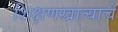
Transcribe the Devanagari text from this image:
शिक्षणखात्याचे